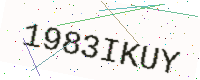
Text: 1983IKUY